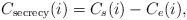
\begin{align*}{C_{\textrm{secrecy}}}(i) = {C_s}(i) - {C_{{e}}}(i),\end{align*}